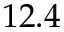
1 2 . 4